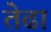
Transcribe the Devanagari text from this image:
तेढा